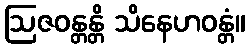
ဩဇဝန္တန္တိ သိနေဟဝန္တံ။